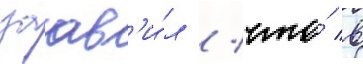
заав'и́л / что́ в